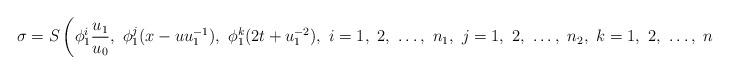
LaTeX: \begin{align*}\sigma=S\left(\phi_1^i \frac{u_1}{u_0},\ \phi_1^j (x-uu_1^{-1}),\ \phi_1^k (2t+u_1^{-2}),\ i=1,\ 2,\ \ldots,\ n_1,\ j=1,\ 2,\ \ldots,\ n_2,\ k=1,\ 2,\ \ldots,\ n_3\right)u_0,\end{align*}